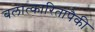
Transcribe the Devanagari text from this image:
बलात्‍कारितांपैकी